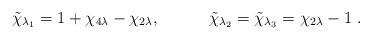
LaTeX: \begin{align*}\tilde{\chi}_{\lambda _{1}}=1+\chi _{4\lambda }-\chi _{2\lambda },\quad\qquad \tilde{\chi}_{\lambda _{2}}=\tilde{\chi}_{\lambda _{3}}=\chi_{2\lambda }-1{\,\,}. \end{align*}